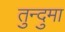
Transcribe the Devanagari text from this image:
तुन्दुमा